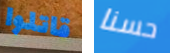
قاتلوا حسنا